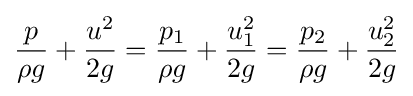
{\frac {p}{\rho g}}+{\frac {u^{2}}{2g}}={\frac {p_{1}}{\rho g}}+{\frac {u_{1}^{2}}{2g}}={\frac {p_{2}}{\rho g}}+{\frac {u_{2}^{2}}{2g}}